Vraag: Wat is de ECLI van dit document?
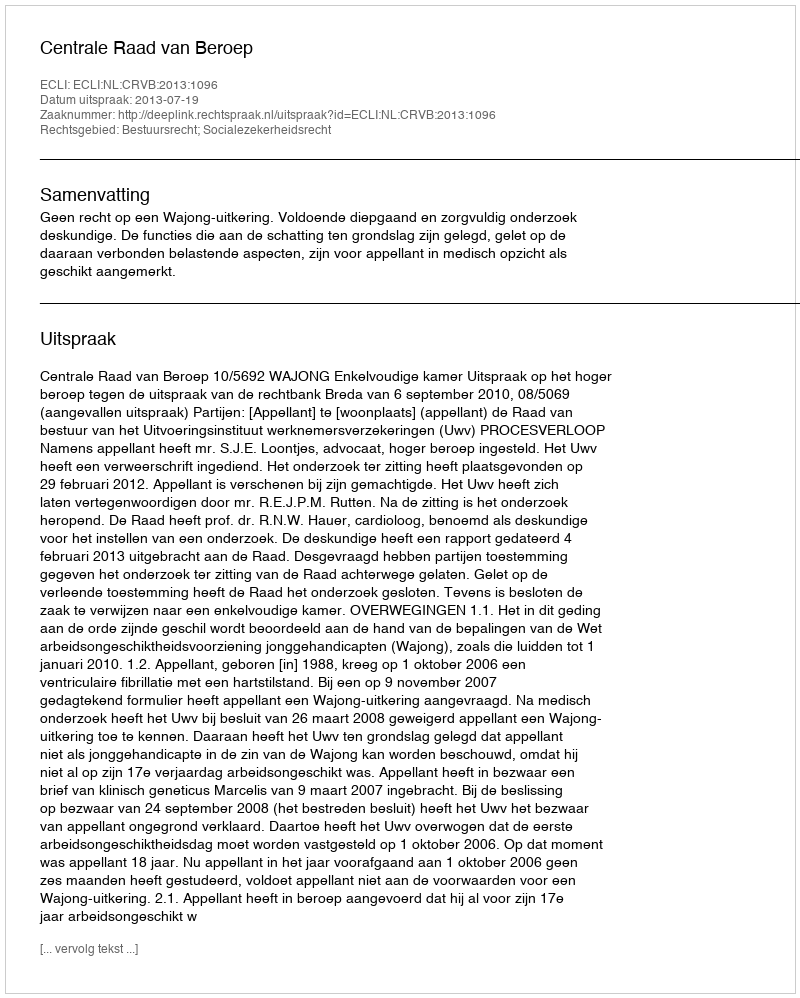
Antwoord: ECLI:NL:CRVB:2013:1096